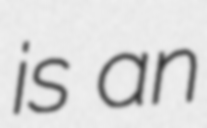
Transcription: is an